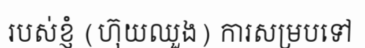
របស់ខ្ញំ (ហ៊ុយឈួង) ការសម្របទៅ